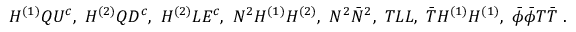
H ^ { ( 1 ) } Q U ^ { c } , ~ H ^ { ( 2 ) } Q D ^ { c } , ~ H ^ { ( 2 ) } L E ^ { c } , ~ N ^ { 2 } H ^ { ( 1 ) } H ^ { ( 2 ) } , ~ N ^ { 2 } \bar { N } ^ { 2 } , ~ T L L , ~ \bar { T } H ^ { ( 1 ) } H ^ { ( 1 ) } , ~ \bar { \phi } \bar { \phi } T \bar { T } ~ .